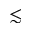
\lesssim